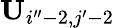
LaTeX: \mathbf{U}_{i^{\prime\prime}-2,j^{\prime}-2}